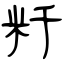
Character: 粁